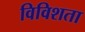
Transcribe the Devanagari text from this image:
विविशता